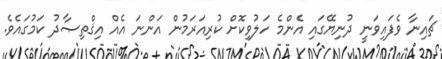
ޗައިނާ ވެފައިވަނީ ދުނިޔޭގައި އެންމެ ހަލުވިކޮށް ކުރިއަރަމުން އަންނަ އެއް އިޤްތިޞާދު ކަމުގައެވެ.